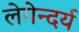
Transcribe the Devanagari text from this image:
लेगेन्दर्य